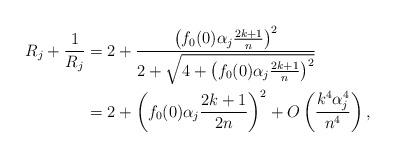
LaTeX: \begin{align*} R_j + \frac{1}{R_j} &= 2 + \frac{\left(f_0(0) \alpha_j \frac{2k+1}{n}\right)^2}{2 + \sqrt{4 + \left(f_0(0) \alpha_j \frac{2k+1}{n}\right)^2}}\\& = 2 + \left(f_0(0) \alpha_j \frac{2k+1}{2n} \right)^2 + O\left(\frac{k^4\alpha_j^4}{n^4} \right),\end{align*}